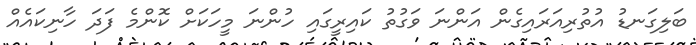
ބަލިގަނޑު އުތުރިއަރައިގެން އަންނަ ވަގުތު ކައިރީގައި ހުންނަ މީހަކަށް ކޮންމެ ފަދަ ހާނިކައެއް